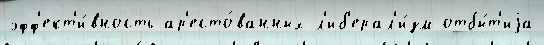
эфф'ект'и́вность ар'есто́ванных л'иб'ерал'и́зм отбы́т'иjа